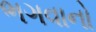
ભગવાનો